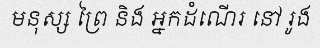
មនុស្ស ព្រៃ និង អ្នកដំណើរ នៅ រូង